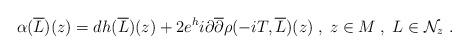
LaTeX: \begin{align*} \alpha(\overline{L})(z) = dh(\overline{L})(z) + 2e^{h}i\partial\overline{\partial}\rho(-iT, \overline{L})(z)\;,\;z\in M\;,\;L\in\mathcal{N}_{z}\;.\end{align*}